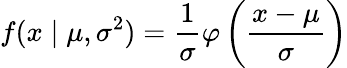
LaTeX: f(x\mid\mu,\sigma^{2})={\frac{1}{\sigma}}\varphi\left({\frac{x-\mu}{\sigma}}\right)